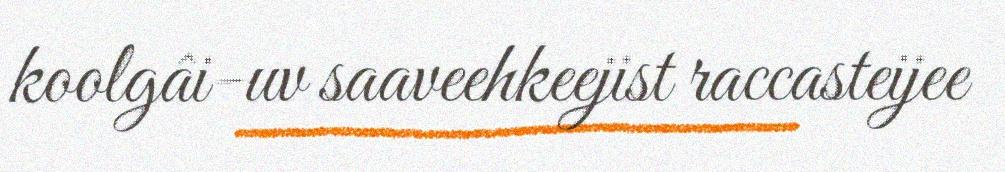
koolgâi-uv saaveehkeejist raccasteijee